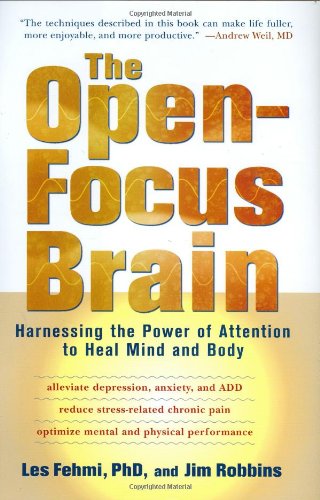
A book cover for The Open-Focus Brain: Harnessing the Power of Attention to Heal Mind and Body; Les Fehmi; Health, Fitness & Dieting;